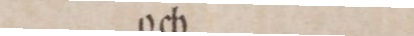
och